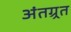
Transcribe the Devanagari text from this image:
अंतग्र्रत